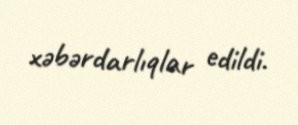
xəbərdarlıqlar edildi.